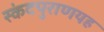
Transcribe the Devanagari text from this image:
स्कंदपुराणयह